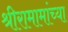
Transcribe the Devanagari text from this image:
श्रीरामामांच्या